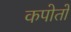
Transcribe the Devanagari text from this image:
कपोतों